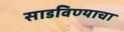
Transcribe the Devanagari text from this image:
साडविण्याचा